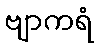
ဗျာကရံ